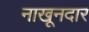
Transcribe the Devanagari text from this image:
नाखूनदार